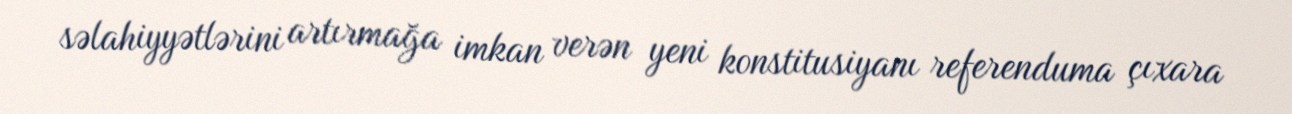
səlahiyyətlərini artırmağa imkan verən yeni konstitusiyanı referenduma çıxara